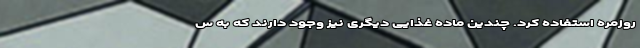
روزمره استفاده کرد. چندین ماده غذایی دیگری نیز وجود دارند که به س